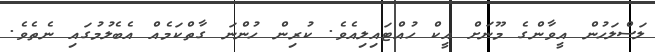
ލަސްލަހުން އީވާންގެ މޫނަށް އީކް ހުއްޓައިލިއެވެ. ކުރިން ހުންނަ ގާތްކަމެއް އެބެލުމުގައި ނެތެވެ.